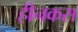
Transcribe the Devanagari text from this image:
हीनकस